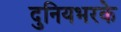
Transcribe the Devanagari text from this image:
दुनियभरके